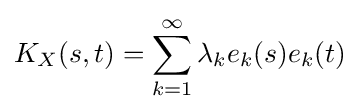
K_{X}(s,t)=\sum _{k=1}^{\infty }\lambda _{k}e_{k}(s)e_{k}(t)